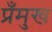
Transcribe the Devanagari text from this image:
प्रँमुख